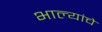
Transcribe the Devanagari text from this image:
भाल्यांचे